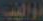
دواليب